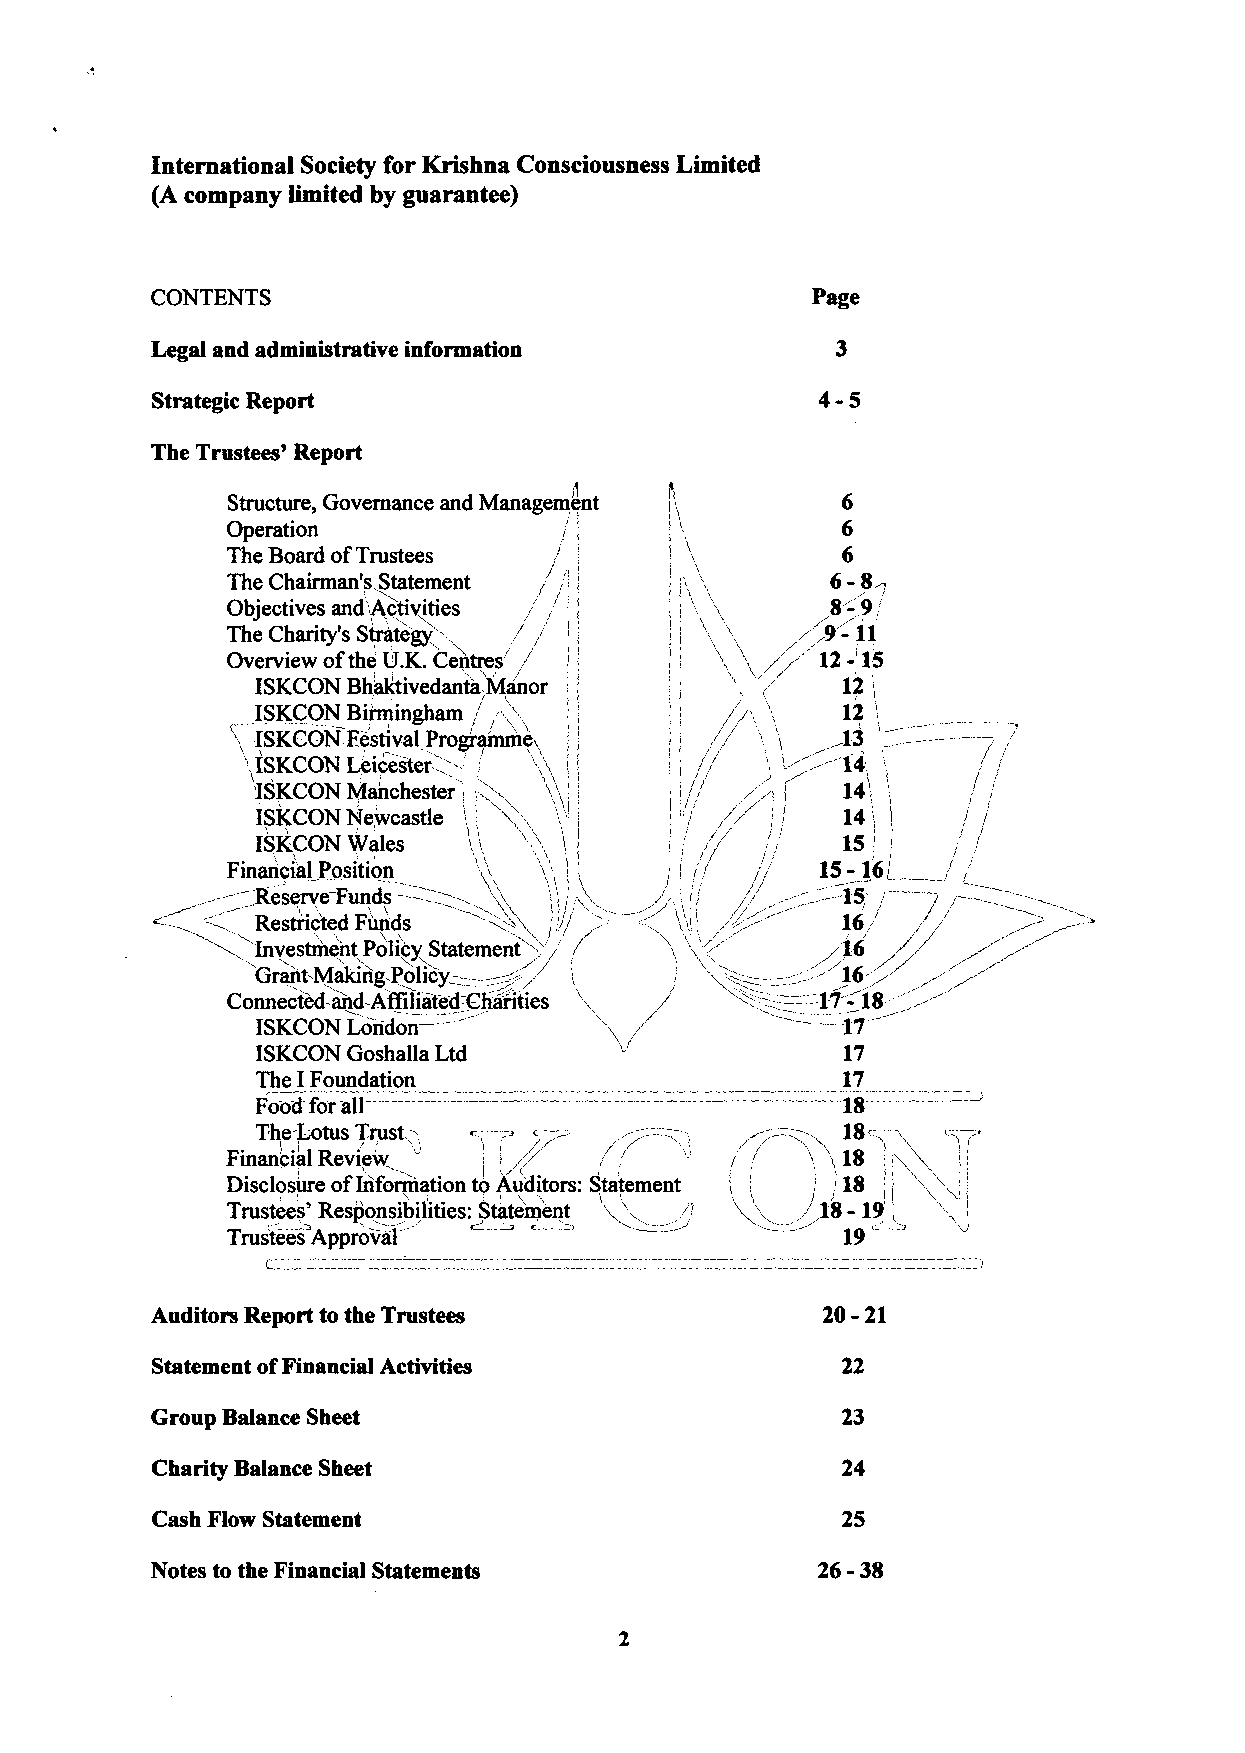
International Society for Krishna Consciousness Limited
 (A company limited by guarantee)
 CONTENTS                                    Page
 Legal and administrative information
 4-5
 Strategic Report
 The Trustees' Report
 Structure, Governance and Management     6
 Operation                                6
 The Board ofTrustees                     6
 6-
 The Chairman's Statement                  8~
 Objectives andlActivities
 8-9//',
 The Charity's Strategy
 Overview ofthe U.K.Centres 1N/ i;,
 /
 ISKCON Bhaktivedanta-Manor
 ISKCON Bummgham / /         ,  j/, ,   12
 '~-14
 ISKCON Leicester --' +!         /~', «14;,       /
 'ISKCON Manchester t, g l,  i//                I
 I
 J
 Finatici'ai Position 'iX ~', ' I',/ // 15-I'6l   /
 '&     f
 Restr'icted Funds w~& /)/( = — &Ii'i Pp- 16,/
 /
 Grant-Making-Policy-- ~~ ~
 Connected-and-Affiliated:Char'ities i / '~'====—: :17- 18-. ' .~.
 —                         —
 ISKCON London                          -17
 ISKCON Goshalla Ltd                    17
 The IFoundation                        17
 Food for all       —    .         —    18
 --
 The-Lotus Trust~        --==, ,~ ~     18
 Disclosure ofIiiformation to Auditors: Statement 18
 Trustees' Responsibilities: Stateinent 4'~:"/ ( Qi » ~J 1) 8- 19'
 &
 Auditors Report to the Trustees             20-21
 Statement ofFinancial Activities
 Group Balance Sheet                           23
 Charity Balance Sheet
 Cash Flow Statement                           25
 Notes to the Financial Statements           26-38